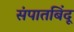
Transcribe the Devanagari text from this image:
संपातबिंदू